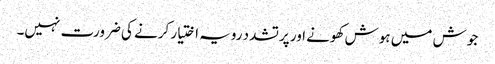
جوش میں ہوش کھونے اور پرتشدد رویہ اختیار کرنے کی ضرورت نہیں۔